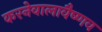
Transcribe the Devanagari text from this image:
करनेवालावैष्णव